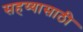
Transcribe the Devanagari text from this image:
सहय्यासाठी